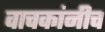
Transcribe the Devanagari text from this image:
वाचकांनीच